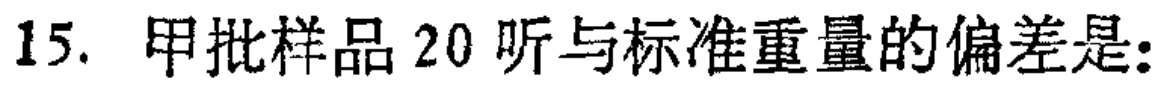
15. 甲批样品20听与标准重量的偏差是：